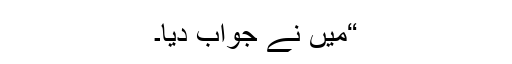
“میں نے جواب دیا۔